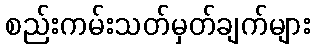
စည်းကမ်းသတ်မှတ်ချက်များ